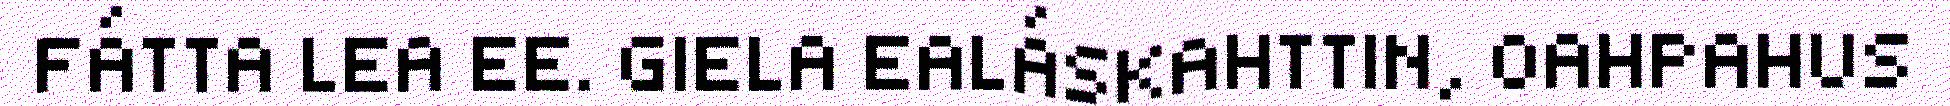
FÁTTA LEA EE. GIELA EALÁSKAHTTIN, OAHPAHUS